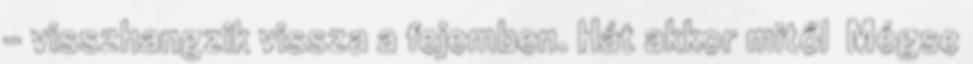
– visszhangzik vissza a fejemben. Hát akkor mitől Mégse